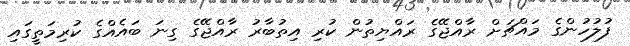
ފުލުހުންގެ މައްޗަށް ރާއްޖޭގެ ރައްޔިތުން ކުރި އިތުބާރު ރާއްޖޭގެ ގިނަ ބައެއްގެ ކުރިމަތީގައި